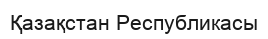
Қазақстан Республикасы